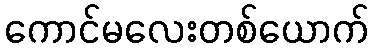
ကောင်မလေးတစ်ယောက်